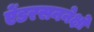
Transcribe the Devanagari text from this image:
ऐंडरसननेक्षो